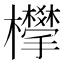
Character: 𣠧